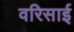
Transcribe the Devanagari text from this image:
वरिसाई